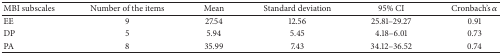
<table><thead><tr><td><b>MBI subscales</b></td><td><b>Number of the items</b></td><td><b>Mean</b></td><td><b>Standard deviation</b></td><td><b>95% CI</b></td><td><b>Cronbach&#x27;s <i>α</i></b></td></tr></thead><tbody><tr><td>EE</td><td>9</td><td>27.54</td><td>12.56</td><td>25.81–29.27</td><td>0.91</td></tr><tr><td>DP</td><td>5</td><td>5.94</td><td>5.45</td><td>4.18–6.01</td><td>0.73</td></tr><tr><td>PA</td><td>8</td><td>35.99</td><td>7.43</td><td>34.12–36.52</td><td>0.74</td></tr></tbody></table>